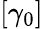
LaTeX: [\gamma_{0}]